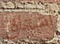
أشتاق